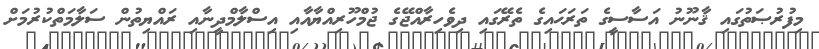
މިފުރުޞަތުގައި ޤާނޫނު އަސާސީގެ ތަރަޙައިގެ ތެރޭގައި ދިވެހިރާއްޖޭގެ ޖުމްހޫރިއްޔާއާއި އިސްލާމްދީނާއި ރައްޔިތުން ސަލާމަތްކުރުމަށް